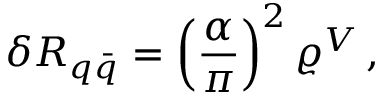
\delta R _ { q \bar { q } } = \left( \frac { \alpha } { \pi } \right) ^ { 2 } \varrho ^ { V } \, ,